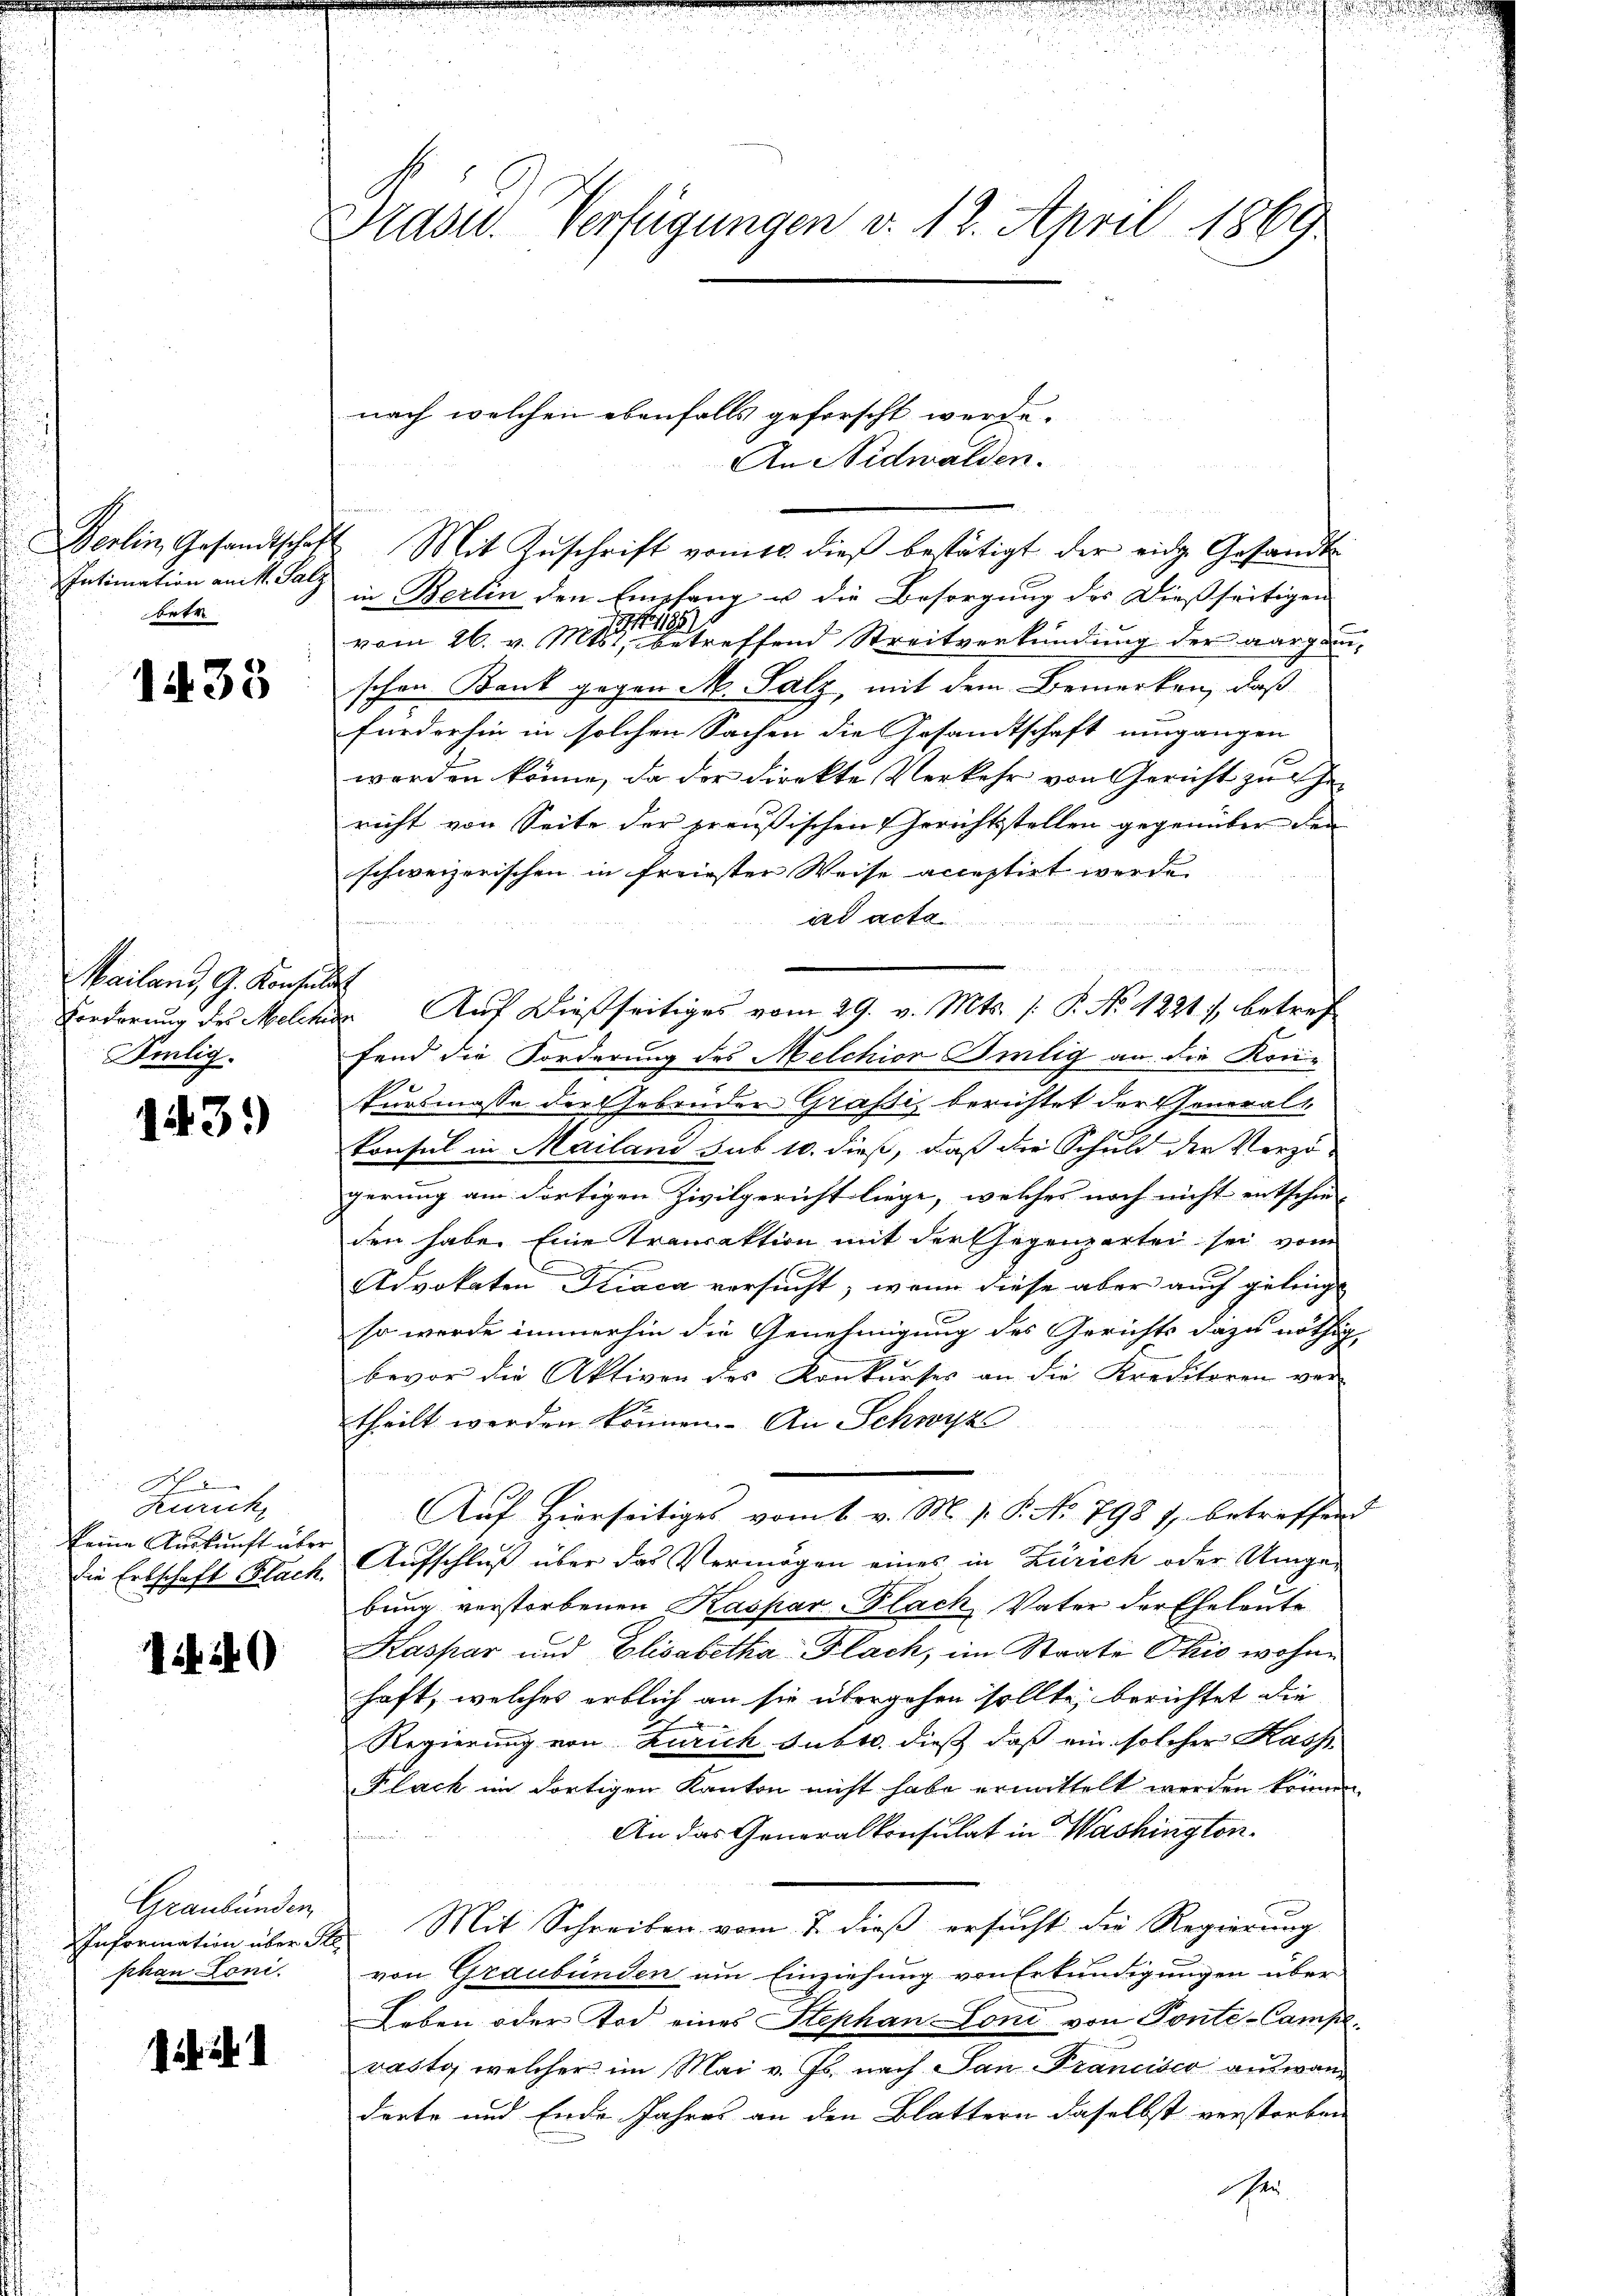
Intimation am 4. Salz
betr.

1433

Mailand, G. Konsultis
Selig.

13.)

Zürich,
die Erbschaft Flach.

140

Graubünden
Information über le
phan Loni.

if. 21

Präsid. Verfügungen v. 12. April 1869

An Nidwalden.
in Berlin den Empfang u die Besorgung des dießseitigen
1 189
vom 26. v. Mts., betreffend Streitverkündung der aargau-
schon Bank gegen M. Salz, mit dem Bemerken, daß
fürderhin in solchen Sachen die Gesandtschaft umgangen
werden könne, da der direkte Verkehr von Gericht zu he
richt von Seite der preußischen Gerichtsstellen gegenüber den |
schweizerischen in freiester Weise acceptirt werde.
ad acta

u
Forderung des Melche Auf dießseitiges vom 29. v. Mts. (: P. No 1221), betref
fend die Forderung des Melchior Smlig an die Koni-
kursmasse der Gebrüder Grafsis berichtet der General-
konsul in Mailand sub 10. dieß, daß die Schuld der Verzö-
gerung am dortigen Zivilgericht liege, welches noch nicht entschie-
den habe. Eine Transaktion mit der Gegenzartei sei vom
Advokaten Diaca versucht; wenn diese aber auch gelingt |
so werde immerhin die Genehmigung des Gerichts dazu nöthig
bevor die Aktiven des Konkurses an die Kreditoren vor
theilt werden können. An Schwyz
Auf Hierseitiges vom 1. v. M. v. P. No. 798 1, betreffend
keine Auskunft über Aufschluß über das Vermögen eines in Zürich oder Umgebung verstorbenen Kaspar-Plach Vater der Eheleute
Kaspar und Elisabetha Flach, im Staate Skić wohne
haft, welches erblich an sie übergehen sollte, berichtet die
Regierung von Zürich subt. dieß daß ein solcher Kass
Klach im dortigen Kanton nicht habe ermittelt werden können.
An das Generalkonsulat in Washington¬
Mit Schreiben vom 2. dieß ersucht die Regierung
von Graubünden am Einziehung von Erkundigungen über
Leben oder Tod eines Stephan Loni von Ponte-Camperaste, welcher im Mai v. Js. nach San Francisco auswanderte und Ende Jahres an den Blättern daselbst verstorben
sher

nach welchen ebenfalls geforscht werde.
u
Berlin, Gesandtschaft Mit Zŭschrift vom 16. dieβ bestätigt der eidg. Gesandt-